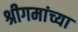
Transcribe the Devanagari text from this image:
श्रीगमांच्या